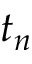
t _ { n }